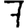
Digit: 7